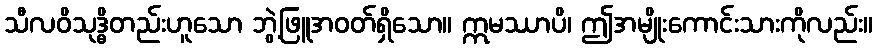
သီလဝိသုဒ္ဓိတည်းဟူသော ဘွဲ့ဖြူအဝတ်ရှိသော။ ဣမဿာပိ၊ ဤအမျိုးကောင်းသားကိုလည်း။